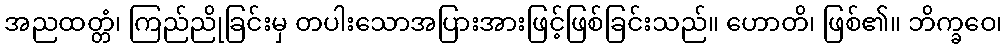
အညထတ္တံ၊ ကြည်ညိုခြင်းမှ တပါးသောအပြားအားဖြင့်ဖြစ်ခြင်းသည်။ ဟောတိ၊ ဖြစ်၏။ ဘိက္ခဝေ၊